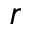
r